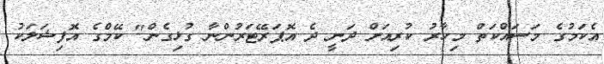
އެކަމުގެ މަސައްކަތް މިހާރު ކުރިއަށް ދަނީ ދެ އޮޕަރޭޓަރުންނާ ގުޅިގެން" ކޭމްގެ އޮފިޝަލަކު